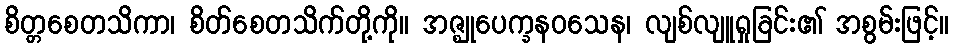
စိတ္တစေတသိကာ၊ စိတ်စေတသိက်တို့ကို။ အဇ္ဈုပေက္ခနဝသေန၊ လျစ်လျူရှုခြင်း၏ အစွမ်းဖြင့်။